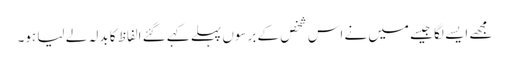
مجھے ایسے لگا جیسے میں نے اس شخص کے برسوں پہلے کہے گئے الفاظ کا بدلہ لے لیا ہو۔